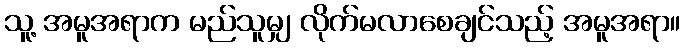
သူ့ အမူအရာက မည်သူမျှ လိုက်မလာစေချင်သည့် အမူအရာ။